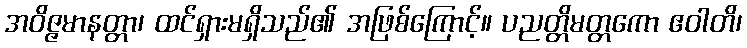
အဝိဇ္ဇမာနတ္တာ၊ ထင်ရှားမရှိသည်၏ အဖြစ်ကြောင့်။ ပညတ္တိမတ္တကော ဧဝါတိ၊